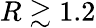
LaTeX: R\gtrsim 1.2